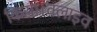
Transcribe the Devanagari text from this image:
किया।क्लाइव